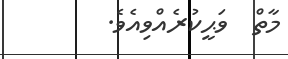
މާތް  ވަޙީކުރެއްވިއެވެ.